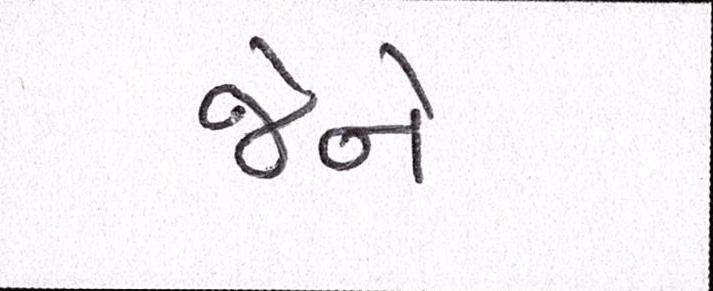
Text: જેને